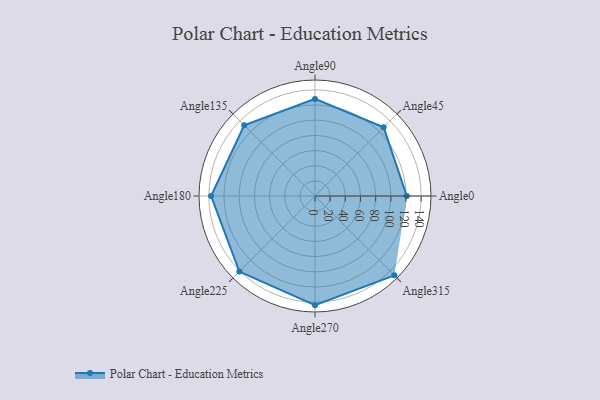
{"axis": {"x": "Angle", "y": "Radius"}, "legend": [""], "data": [{"x": "Angle0", "y": 121.0, "type": ""}, {"x": "Angle45", "y": 128.0, "type": ""}, {"x": "Angle90", "y": 128.0, "type": ""}, {"x": "Angle135", "y": 132.0, "type": ""}, {"x": "Angle180", "y": 137.0, "type": ""}, {"x": "Angle225", "y": 141.0, "type": ""}, {"x": "Angle270", "y": 144.0, "type": ""}, {"x": "Angle315", "y": 148.0, "type": ""}]}